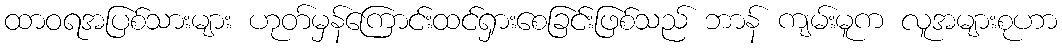
ထာဝရအပြစ်သားများ ဟုတ်မှန်ကြောင်းထင်ရှားစေခြင်းဖြစ်သည် ဘာန် ကျမ်းမူက လူအများစုဟာ